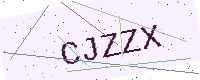
Text: CJZZX